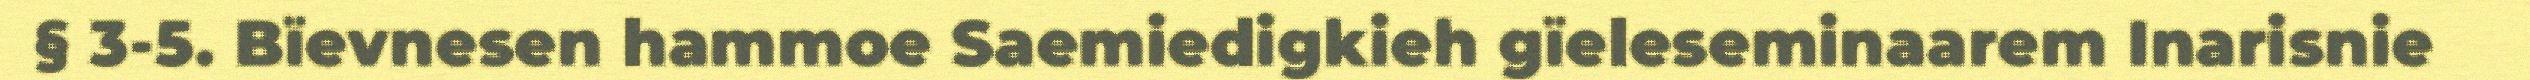
§ 3-5. Bïevnesen hammoe Saemiedigkieh gïeleseminaarem Inarisnie